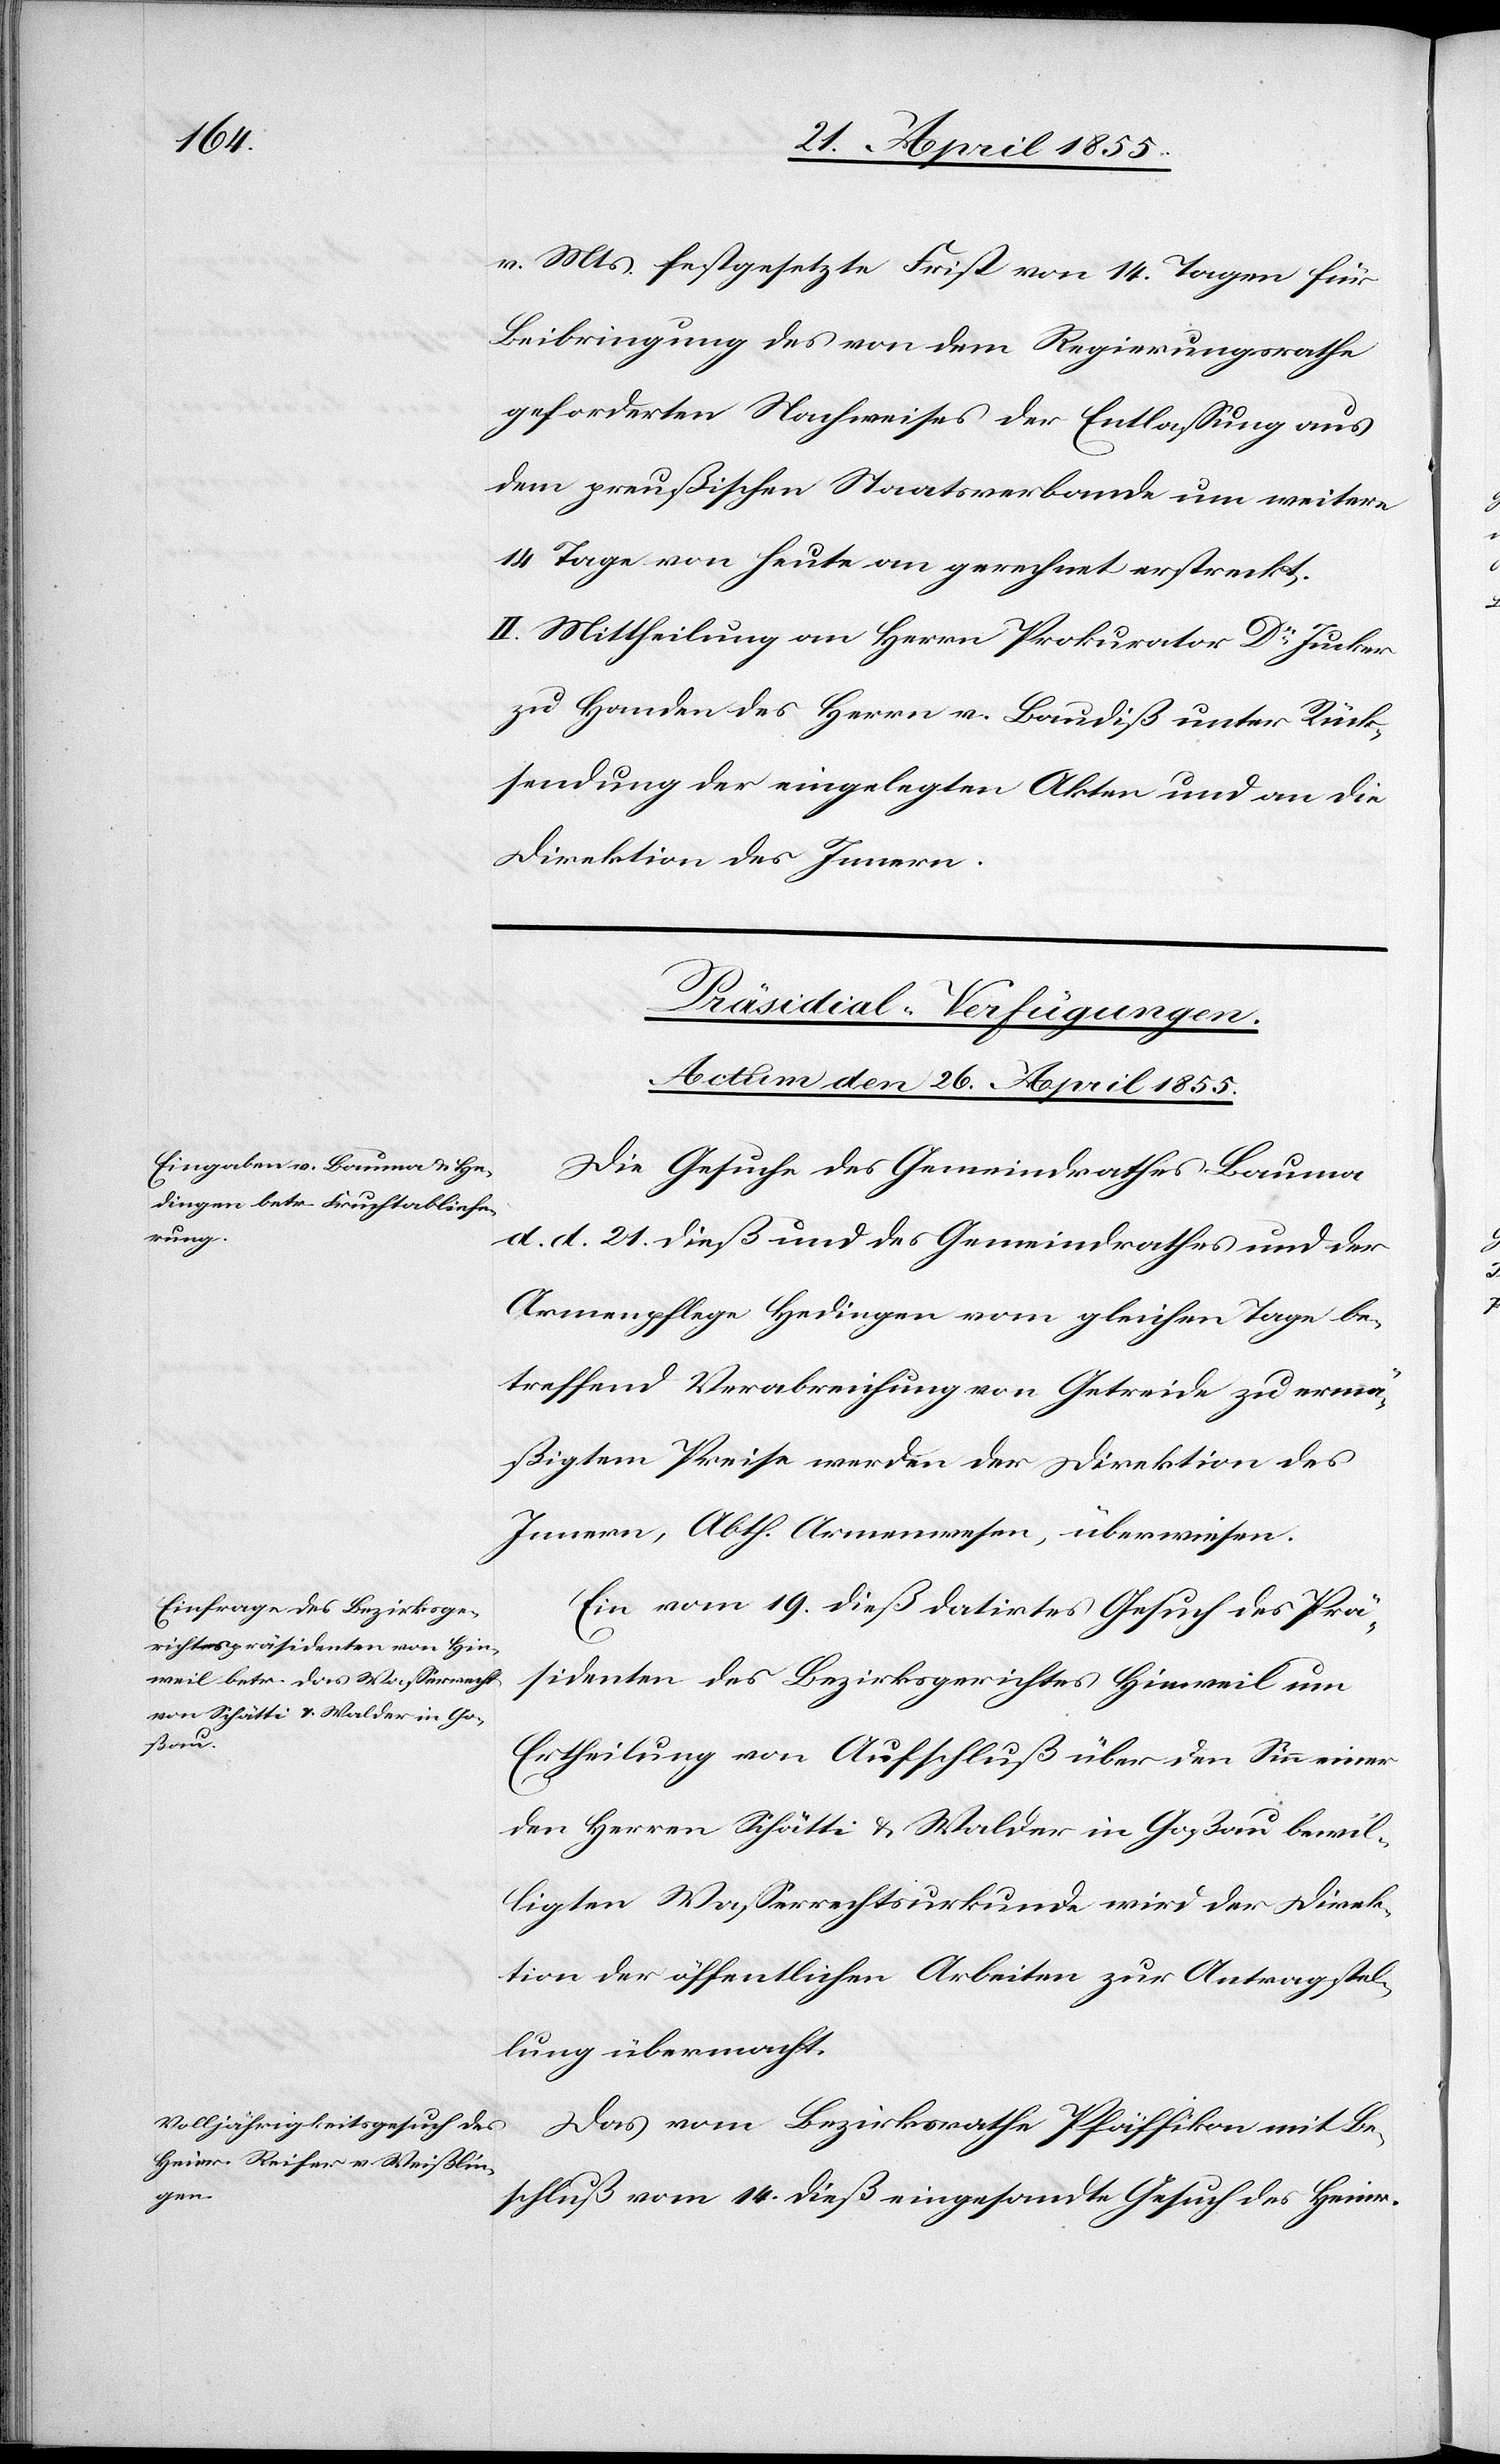
v. Mts. festgesetzte Frist von 14. Tagen für
Beibringung des von dem Regierungsrathe
geforderten Nachweises der Entlassung aus
dem preußischen Staatsverbande um weitere
14 Tage von heute an gerechnet erstreckt.
II. Mittheilung an Herrn Prokurator Dr Jucker
zu Handen des Herrn v. Baudiß unter Rück¬
sendung der eingelegten Akten und an die
Direktion des Innern.
[Präsidial-Verfügungen.
Actum den 26. April 1855.]
Die Gesuche des Gemeindrathes Bauma
d. d. 21. dieß und des Gemeindrathes und der
Armenpflege Hedingen vom gleichen Tage be¬
treffend Verabreichung von Getreide zu ermä¬
ßigtem Preise werden der Direktion des
Innern, Abth. Armenwesen, überwiesen.
Ein vom 19. dieß datirtes Gesuch des Prä¬
sidenten des Bezirksgerichtes Hinweil um
Ertheilung von Aufschluß über den Sinn einer
den Herren Schätti & Walder in Goßau bewil¬
ligten Wasserrechtsurkunde wird der Direk¬
tion der öffentlichen Arbeiten zur Antragstel¬
lung übermacht.
Das vom Bezirksrathe Pfäffikon mit Be¬
schluß vom 14. dieß eingesandte Gesuch des Heinr.